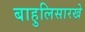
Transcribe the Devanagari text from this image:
बाहुलिसारखे